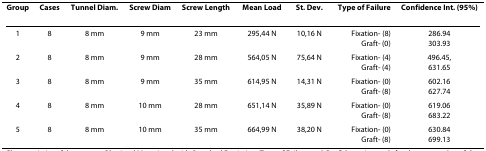
| Group | Cases | Tunnel Diam. | Screw Diam | Screw Length | Mean Load | St. Dev. | Type of Failure | Confidence Int. (95%) |
 | --- | --- | --- | --- | --- | --- | --- | --- | --- |
 | 1 | 8 | 8 mm | 9 mm | 23 mm | 295,44 N | 10,16 N | Fixation- (8)Graft- (0) | 286.94303.93 |
 | 2 | 8 | 8 mm | 9 mm | 28 mm | 564,05 N | 75,64 N | Fixation- (4)Graft- (4) | 496.45,631.65 |
 | 3 | 8 | 8 mm | 9 mm | 35 mm | 614,95 N | 14,31 N | Fixation- (0)Graft- (8) | 602.16627.74 |
 | 4 | 8 | 8 mm | 10 mm | 28 mm | 651,14 N | 35,89 N | Fixation- (0)Graft- (8) | 619.06683.22 |
 | 5 | 8 | 8 mm | 10 mm | 35 mm | 664,99 N | 38,20 N | Fixation- (0)Graft- (8) | 630.84699.13 |